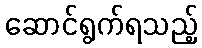
ဆောင်ရွက်ရသည့်